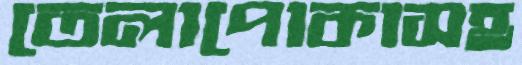
তেলাপোকাসহ